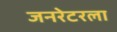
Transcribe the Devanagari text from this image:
जनरेटरला